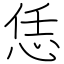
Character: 恁